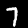
Digit: 7